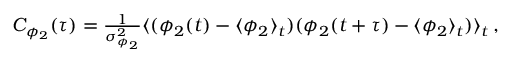
\begin{array} { r } { C _ { \phi _ { 2 } } ( \tau ) = \frac { 1 } { \sigma _ { \phi _ { 2 } } ^ { 2 } } \langle ( \phi _ { 2 } ( t ) - \langle \phi _ { 2 } \rangle _ { t } ) ( \phi _ { 2 } ( t + \tau ) - \langle \phi _ { 2 } \rangle _ { t } ) \rangle _ { t } \, , } \end{array}